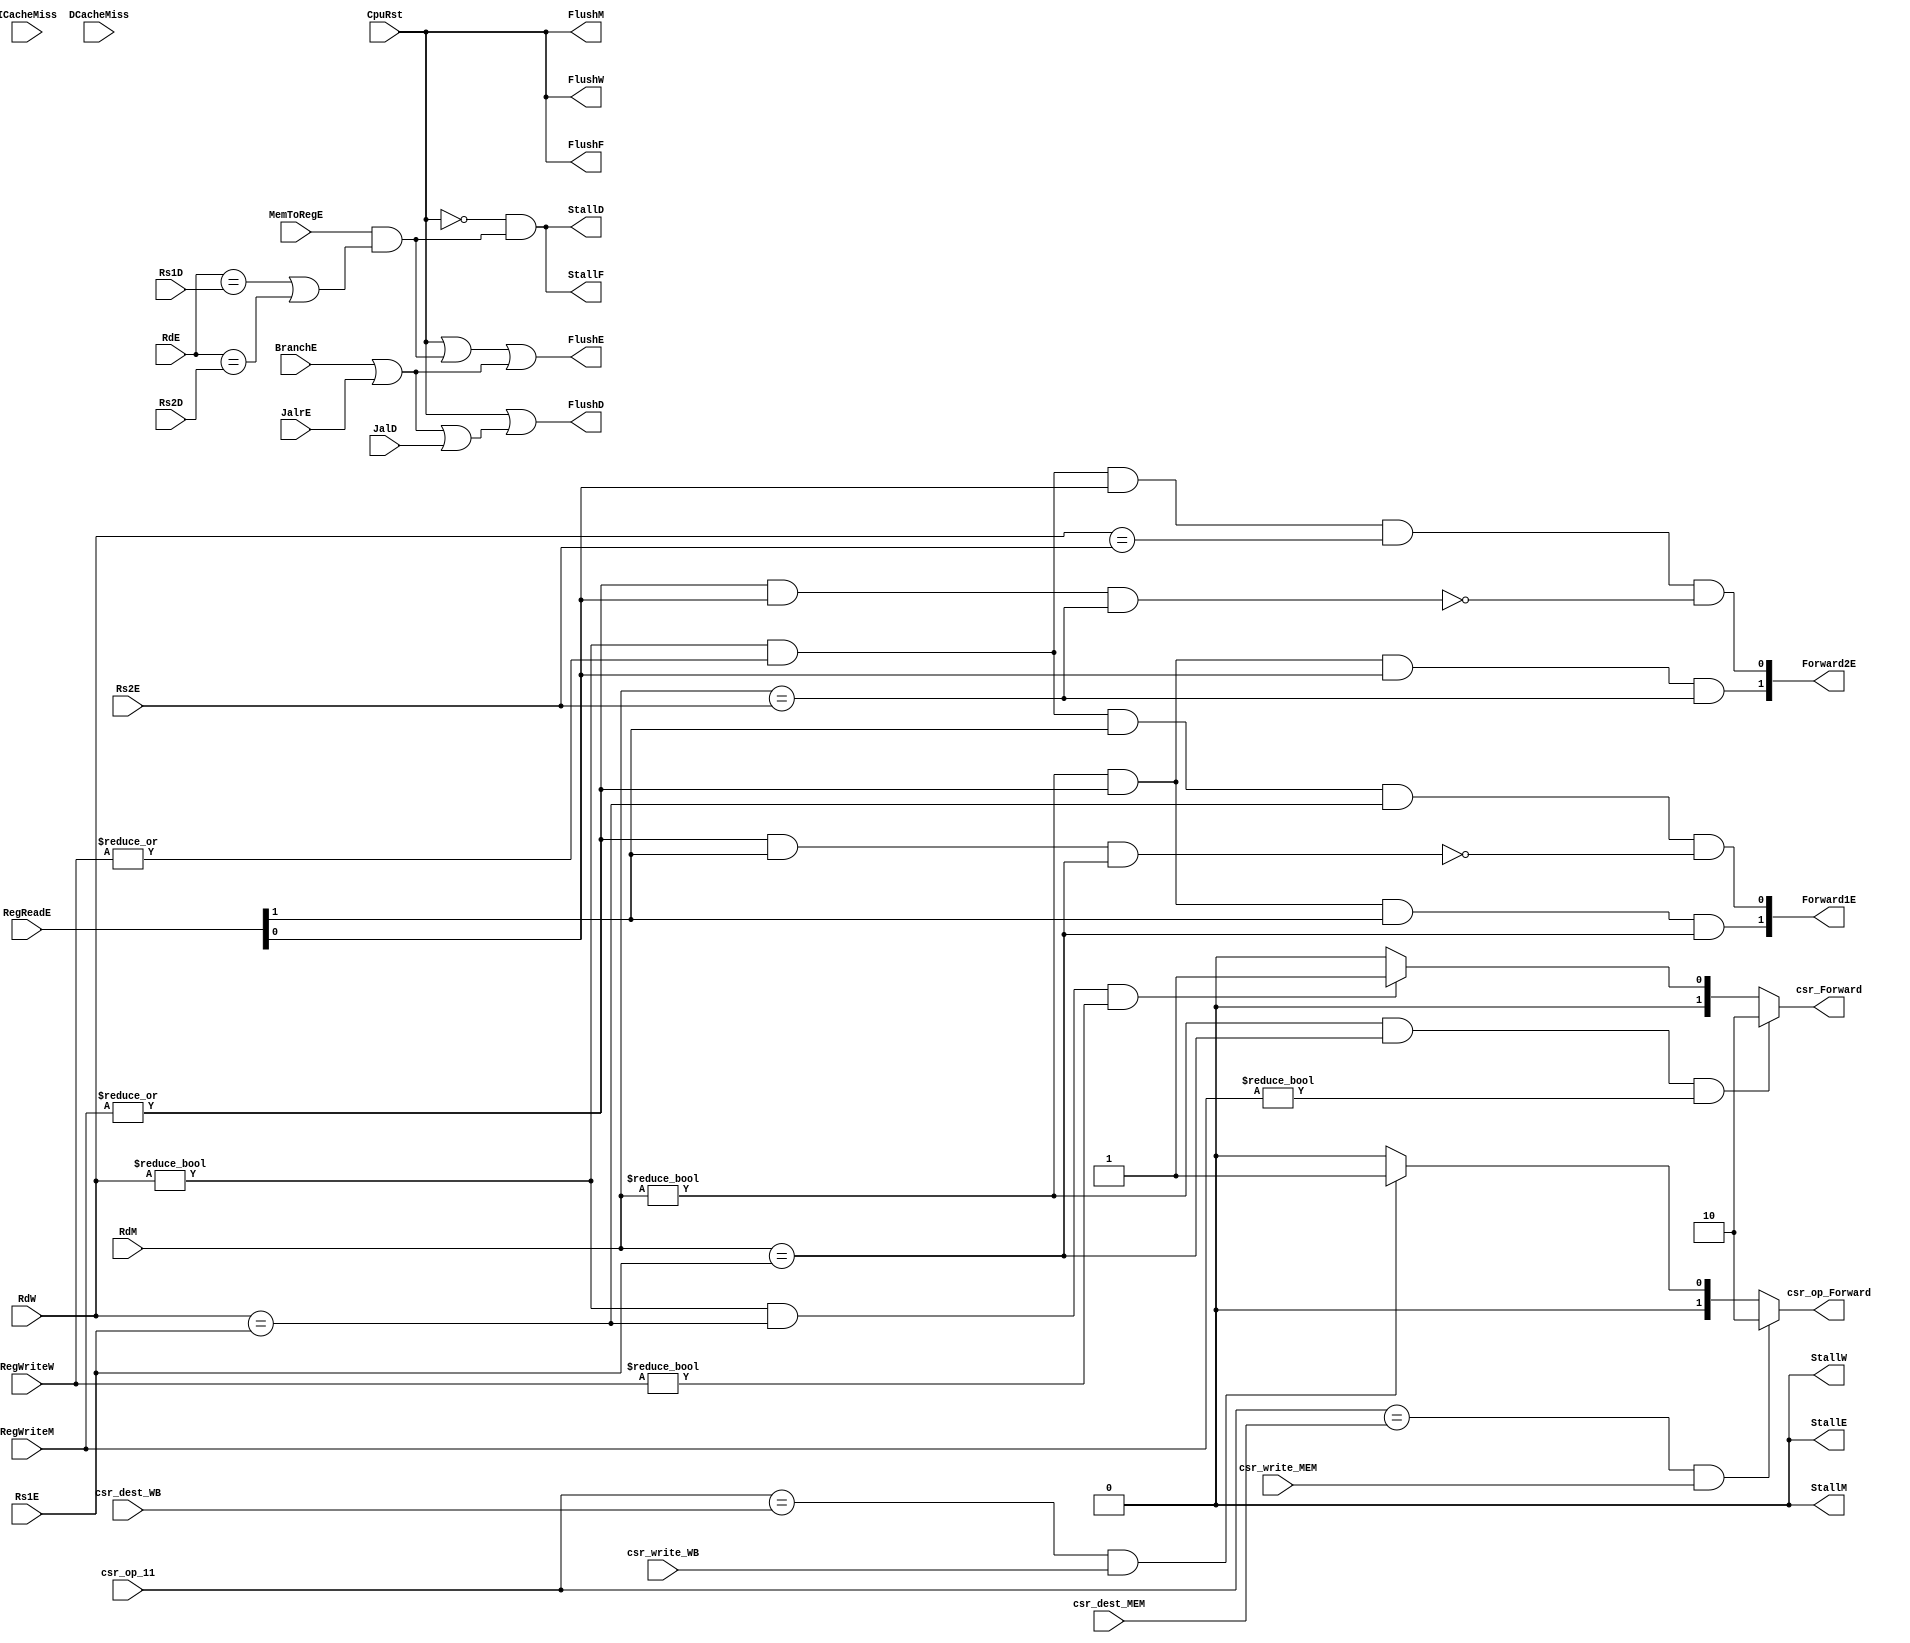
`timescale 1ns / 1ps
//////////////////////////////////////////////////////////////////////////////////
// Company: USTC ESLAB 
// 
// Design Name: RISCV-Pipline CPU
// Module Name: HarzardUnit
// Target Devices: Nexys4
// Tool Versions: Vivado 2017.4.1
// Description: Deal with harzards in pipline
//////////////////////////////////////////////////////////////////////////////////
//
    //HarzardUnitforward?
    //??CPUforwardstallflush 
//
    //CpuRst                                    CPUCpuRst==1CPUflushCpu_Rst==0cpu??
    //ICacheMiss, DCacheMiss                    cache miss
    //BranchE, JalrE, JalD                      
    //Rs1D, Rs2D, Rs1E, Rs2E, RdE, RdM, RdW     ?1?2
    //RegReadE RegReadD[1]==1                   A1RegReadD[0]==1A2forward?
    //RegWriteM, RegWriteW                      RegWrite!=3'b0?
    //MemToRegE                                 Ex? Data Memory
//
    //StallF, FlushF, StallD, FlushD, StallE, FlushE, StallM, FlushM, StallW, FlushW    stallflush
    //Forward1E, Forward2E                                                              forward
//  
    //  
    
    
module HarzardUnit(
    input wire CpuRst, ICacheMiss, DCacheMiss, 
    input wire BranchE, JalrE, JalD, 
    input wire [4:0] Rs1D, Rs2D, Rs1E, Rs2E, RdE, RdM, RdW,
    input wire [1:0] RegReadE,
    input wire MemToRegE,
    input wire [2:0] RegWriteM, RegWriteW,
    output reg StallF, FlushF, StallD, FlushD, StallE, FlushE, StallM, FlushM, StallW, FlushW,
    output reg [1:0] Forward1E, Forward2E,
    //csr
    output reg [1:0] csr_Forward,
    input wire [4:0] csr_op_11, csr_dest_MEM, csr_dest_WB,
    input wire csr_write_MEM,csr_write_WB,
    output reg [1:0]csr_op_Forward
    );
    always@(*) begin
		FlushF <= CpuRst;//IFPC
		FlushD <= CpuRst || (BranchE || JalrE || JalD);//IDIF/ID3
		FlushE <= CpuRst || (MemToRegE && (RdE == Rs1D || RdE == Rs2D)) || (BranchE || JalrE);//EX2
		FlushM <= CpuRst;//MEMEX/MEM
		FlushW <= CpuRst;//WBMEM/WB
		StallF <= ~CpuRst && (MemToRegE && (RdE == Rs1D || RdE == Rs2D));
		StallD <= ~CpuRst && (MemToRegE && (RdE == Rs1D || RdE == Rs2D));
		StallE <= 1'b0;
		StallM <= 1'b0;
		StallW <= 1'b0;

		//ID
		//  IDbubble
		//ForwardRegWriteE0ALU
		//----3MemToRegE
		//ALU1Forward
	end
	
	always@(*) begin
		//EX
		//forward=2'b00
		//RegWriteM0MEMALU----1----forward=2'b01
		//RegWriteW0WB----2----forward=2'b11
		//0forward
		//Forward Register Source 1
		Forward1E[0] <= RdW != 0 && |RegWriteW && RegReadE[1] && (RdW == Rs1E) && ~(|RegWriteM && RegReadE[1] && (RdM == Rs1E));//Rs1E
		Forward1E[1] <= RdM != 0 && |RegWriteM && RegReadE[1] && (RdM == Rs1E);
		//Forward Register Source 2
		Forward2E[0] <= RdW != 0 && |RegWriteW && RegReadE[0] && (RdW == Rs2E) && ~(|RegWriteM && RegReadE[0] && (RdM == Rs2E));//Rs2E
		Forward2E[1] <= RdM != 0 && |RegWriteM && RegReadE[0] && (RdM == Rs2E);
	end
    // ?
   
    //CSR
    always@(*) begin
    if(csr_op_11==csr_dest_MEM&&csr_write_MEM)
        csr_op_Forward<=2'b10;
    else if(csr_op_11==csr_dest_WB&&csr_write_WB)
        csr_op_Forward<=2'b01;
    else
        csr_op_Forward<=2'b00;
    end
    //csr
    always@(*) begin
    if(RdM!=5'b0&&RdM==Rs1E&&RegWriteM!=3'b0)
        csr_Forward<=2'b10;
    else if(RdW!=5'b0&&RdW==Rs1E&&RegWriteW!=3'b0)
        csr_Forward<=2'b01;
    else  
        csr_Forward<=2'b00;
    end
endmodule